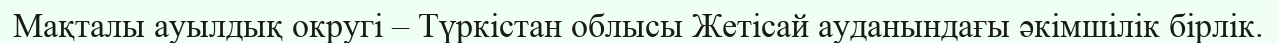
Мақталы ауылдық округі – Түркістан облысы Жетісай ауданындағы әкімшілік бірлік.